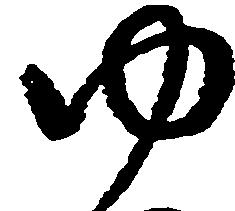
ゆ